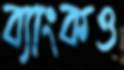
ব্যাংকও